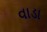
વાડા